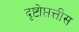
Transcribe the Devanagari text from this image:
दृष्टोप्तत्तीस